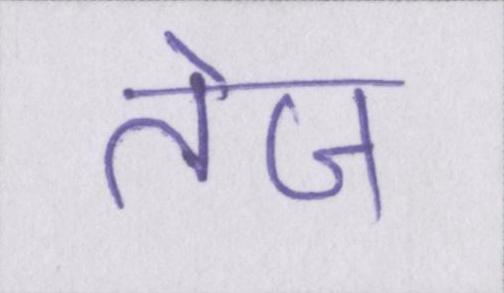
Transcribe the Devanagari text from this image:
तेज